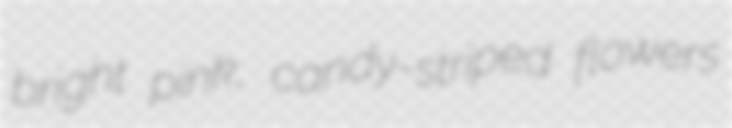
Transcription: bright pink, candy-striped flowers